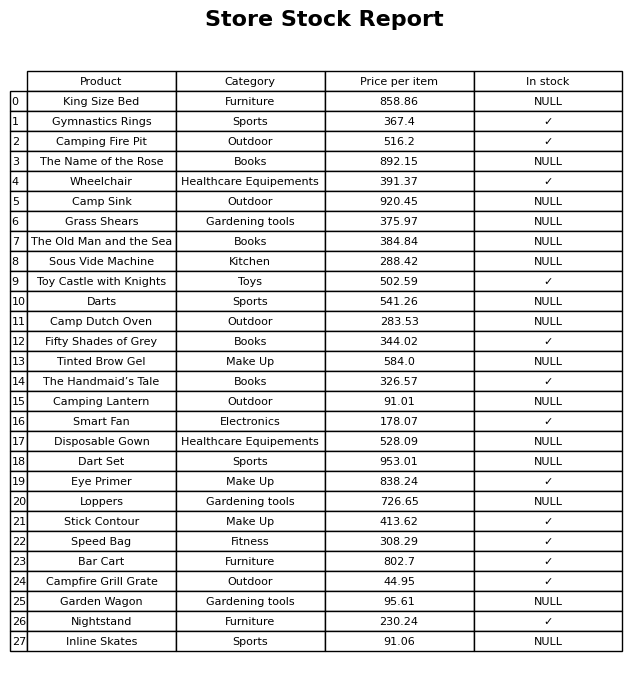
question: Is the Campfire Grill Grate in stock?
answer: ✓